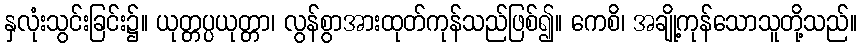
နှလုံးသွင်းခြင်း၌။ ယုတ္တပ္ပယုတ္တာ၊ လွန်စွာအားထုတ်ကုန်သည်ဖြစ်၍။ ကေစိ၊ အချို့ကုန်သောသူတို့သည်။